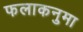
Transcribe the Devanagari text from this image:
फलाकनुमा